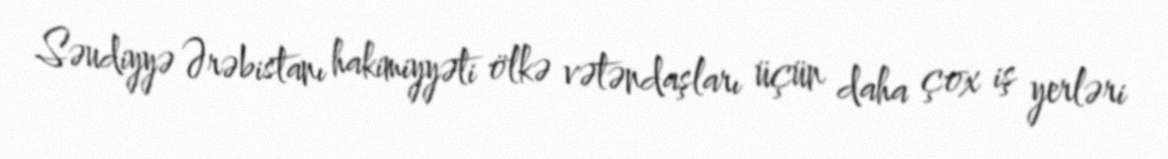
Səudiyyə Ərəbistanı hakimiyyəti ölkə vətəndaşları üçün daha çox iş yerləri